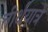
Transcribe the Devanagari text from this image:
तीर्थयात्रे